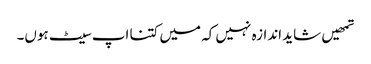
تمھیں شاید اندازہ نہیں کہ میں کتنا اپ سیٹ ہوں۔